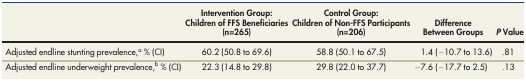
<table><thead><tr><td></td><td><b>Intervention Group: Children of FFS Beneficiaries (n=265)</b></td><td><b>Control Group: Children of Non-FFS Participants (n=206)</b></td><td><b>Difference Between Groups</b></td><td><b><i>P</i> Value</b></td></tr></thead><tbody><tr><td>Adjusted endline stunting prevalence,<sup>a</sup> % (CI)</td><td>60.2 (50.8 to 69.6)</td><td>58.8 (50.1 to 67.5)</td><td>1.4 (−10.7 to 13.6)</td><td>.81</td></tr><tr><td>Adjusted endline underweight prevalence,<sup>b</sup> % (CI)</td><td>22.3 (14.8 to 29.8)</td><td>29.8 (22.0 to 37.7)</td><td>−7.6 (−17.7 to 2.5)</td><td>.13</td></tr></tbody></table>